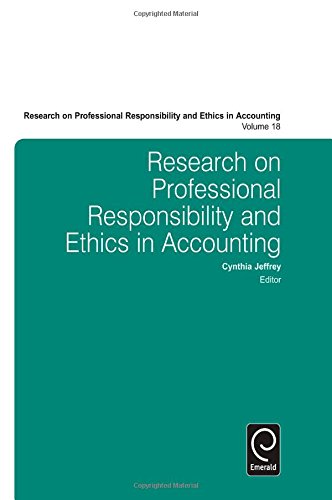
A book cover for Research on Professional Responsibility and Ethics in Accounting; Cynthia Jeffrey; Business & Money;